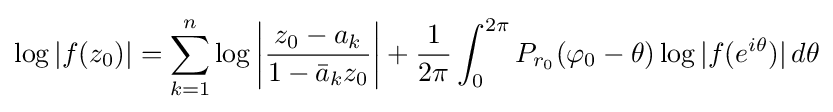
\log |f(z_{0})|=\sum _{k=1}^{n}\log \left|{\frac {z_{0}-a_{k}}{1-{\bar {a}}_{k}z_{0}}}\right|+{\frac {1}{2\pi }}\int _{0}^{2\pi }P_{r_{0}}(\varphi _{0}-\theta )\log |f(e^{i\theta })|\,d\theta